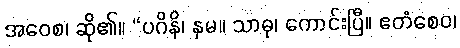
အဝေစ၊ ဆို၏။ “ပဂိနိ၊ နှမ။ သာဓု၊ ကောင်းပြီ။ ဧတံစေဝ၊